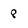
Character: 8